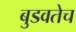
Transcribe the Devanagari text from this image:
बुडवतेच